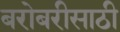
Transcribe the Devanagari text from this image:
बरोबरीसाठी